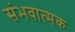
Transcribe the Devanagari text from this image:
संभवात्मक